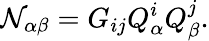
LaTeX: \mathcal{N}_{\alpha\beta}=G_{ij}Q_{\alpha}^{i}Q_{\beta}^{j}.